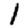
Digit: 1